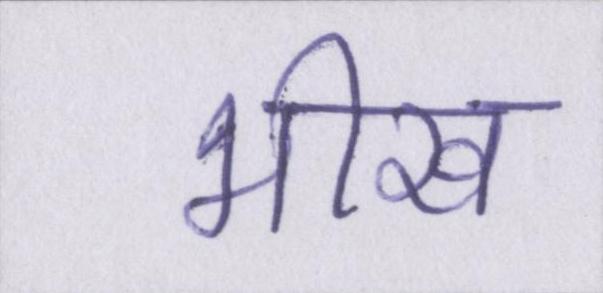
भीख